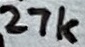
Text: 27k